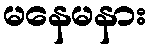
မနေမနား